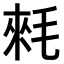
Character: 𣮉